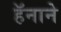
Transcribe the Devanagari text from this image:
हॅनाने